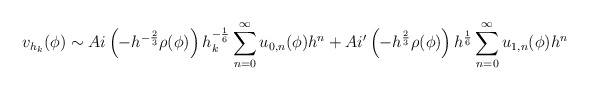
\begin{align*} v_{h_k}(\phi) \sim Ai\left( -h^{-\frac{2}{3}} \rho(\phi) \right)h^{-\frac{1}{6}}_k \sum_{n = 0}^\infty u_{0,n}(\phi)h^{n} + Ai'\left(-h^{\frac{2}{3}}\rho(\phi)\right)h^{\frac{1}{6}}\sum_{n=0}^\infty u_{1,n}(\phi)h^n \end{align*}